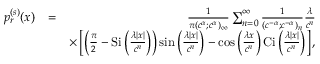
\begin{array} { r l r } { p _ { r } ^ { ( s ) } ( x ) } & { = } & { \frac { 1 } { \pi ( c ^ { \alpha } ; c ^ { \alpha } ) _ { \infty } } \sum _ { n = 0 } ^ { \infty } \frac { 1 } { ( c ^ { - \alpha } ; c ^ { - \alpha } ) _ { n } } \frac { \lambda } { c ^ { n } } } \\ & { } & { \times \left[ \left( \frac { \pi } { 2 } - \mathrm { S i } \left( \frac { \lambda | x | } { c ^ { n } } \right) \right) \sin \left( \frac { \lambda | x | } { c ^ { n } } \right) - \cos \left( \frac { \lambda x } { c ^ { n } } \right) \mathrm { C i } \left( \frac { \lambda | x | } { c ^ { n } } \right) \right] , } \end{array}